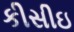
કીસીઇ